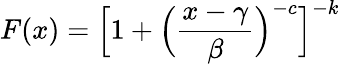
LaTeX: F(x)={\Big[}1+{\Big(}{\frac{x-\gamma}{\beta}}{\Big)}^{-c}{\Big]}^{-k}